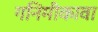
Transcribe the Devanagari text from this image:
गनिमीकावा